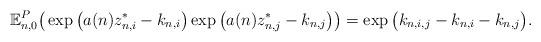
LaTeX: \begin{align*}\mathbb{E}^P_{n, 0} \big( \exp\big(a(n)z^*_{n, i} - k_{n, i}\big) \exp\big(a(n)z^*_{n, j} - k_{n, j}\big) \big) = \exp\big(k_{n,i,j} - k_{n,i} - k_{n,j}\big).\end{align*}